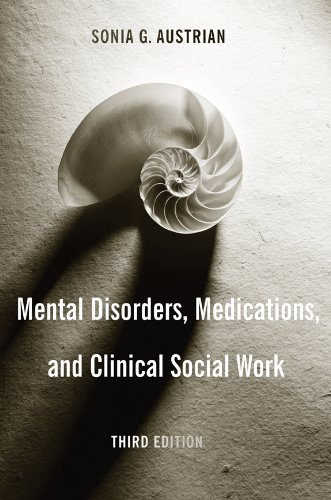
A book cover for Mental Disorders, Medications, and Clinical Social Work; Sonia G. Austrian; Medical Books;